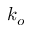
k _ { o }